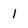
Character: 1